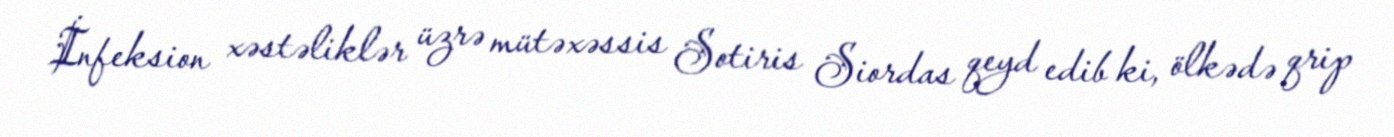
İnfeksion xəstəliklər üzrə mütəxəssis Sotiris Siordas qeyd edib ki, ölkədə qrip